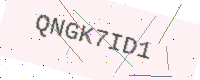
Text: QNGK7ID1